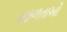
સફળતાઓ